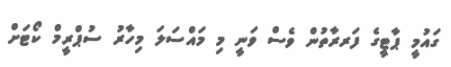
ގައުމީ ޕާޓީގެ ފަރރާތުން ވެސް ވަނީ މި މައްސަލަ މިހާރު ސުޕްރީމް ކޯޓަށް